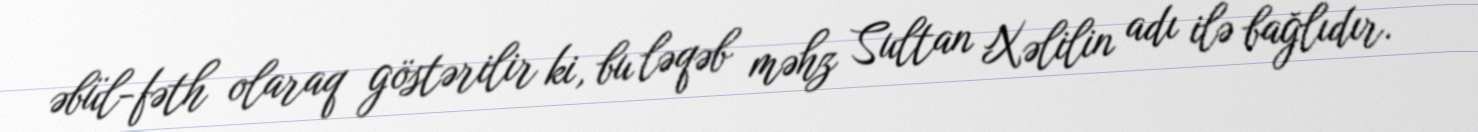
əbül-fəth olaraq göstərilir ki, bu ləqəb məhz Sultan Xəlilin adı ilə bağlıdır.